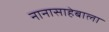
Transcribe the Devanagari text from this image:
नानासाहेबाला